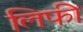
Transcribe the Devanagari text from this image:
लिफी